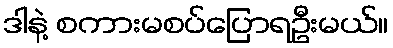
ဒါနဲ့ စကားမစပ်ပြောရဦးမယ်။